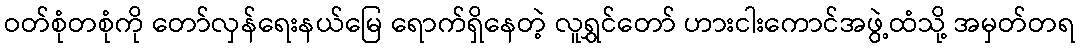
ဝတ်စုံတစုံကို တော်လှန်ရေးနယ်မြေ ရောက်ရှိနေတဲ့ လူရွှင်တော် ဟားငါးကောင်အဖွဲ့ထံသို့ အမှတ်တရ